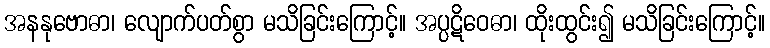
အနနုဗောဓာ၊ လျောက်ပတ်စွာ မသိခြင်းကြောင့်။ အပ္ပဋိဝေဓာ၊ ထိုးထွင်း၍ မသိခြင်းကြောင့်။